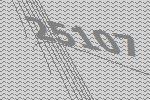
25107